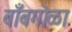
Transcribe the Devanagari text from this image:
बाँबगोळा